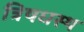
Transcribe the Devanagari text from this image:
त्रिषधस्थ